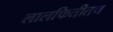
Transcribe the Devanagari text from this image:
लालफितीतच